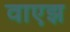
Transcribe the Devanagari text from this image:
वाएझ